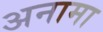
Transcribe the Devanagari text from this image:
अनामा